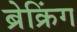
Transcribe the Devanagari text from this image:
ब्रेक्रिंग